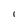
Character: l